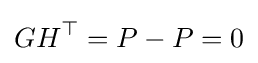
GH^{\top }=P-P=0